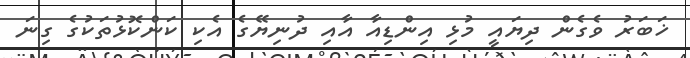
ޚަބަރު ވެގެން ދިޔައީ މުޅި އިންޑިއާ އާއި ދުނިޔޭގެ އެކި ކަންކޮޅުތަކުގެ ގިނަ